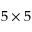
5 \times 5